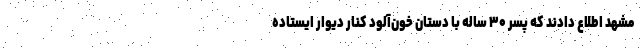
مشهد اطلاع دادند که پسر ۳۰ ساله با دستان خون‌آلود کنار دیوار ایستاده